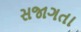
સજાગતા